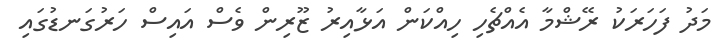
މަދު ފަހަރަކު ރޭޝްމާ އެއްޗެހި ހިއްކަން އަޅާއިރު ޒޫރިން ވެސް އައިސް ހަރުގަނޑުގައި